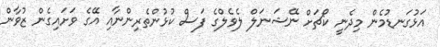
އަޅުގަނޑުމެން މިދެނީ ކޯޗަށް ނޭޝަނަލް ލެވެލްގެ ފަސް ކުޅުންތެރިންނާއި އޭގެ ވަށައިގެން ޒުވާން